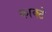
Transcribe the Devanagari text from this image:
काक्टे